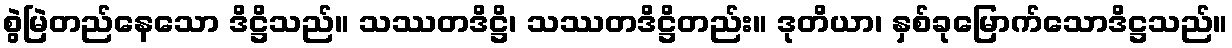
စွဲမြဲတည်နေသော ဒိဋ္ဌိသည်။ သဿတဒိဋ္ဌိ၊ သဿတဒိဋ္ဌိတည်း။ ဒုတိယာ၊ နှစ်ခုမြောက်သောဒိဋ္ဌသည်။